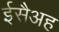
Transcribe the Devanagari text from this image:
ईसैअह